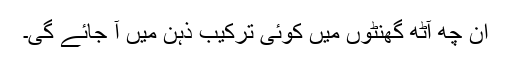
ان چھ آٹھ گھنٹوں میں کوئی ترکیب ذہن میں آ جائے گی۔